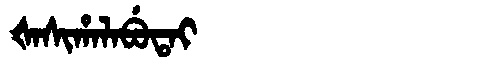
Manchu: ᡧᠠᠰᡳᡥᠠᠯᠠᠪᡠᡨᠠᡳ
Romanization: ŠASIHALABUTAI